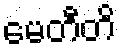
မေတီတိ